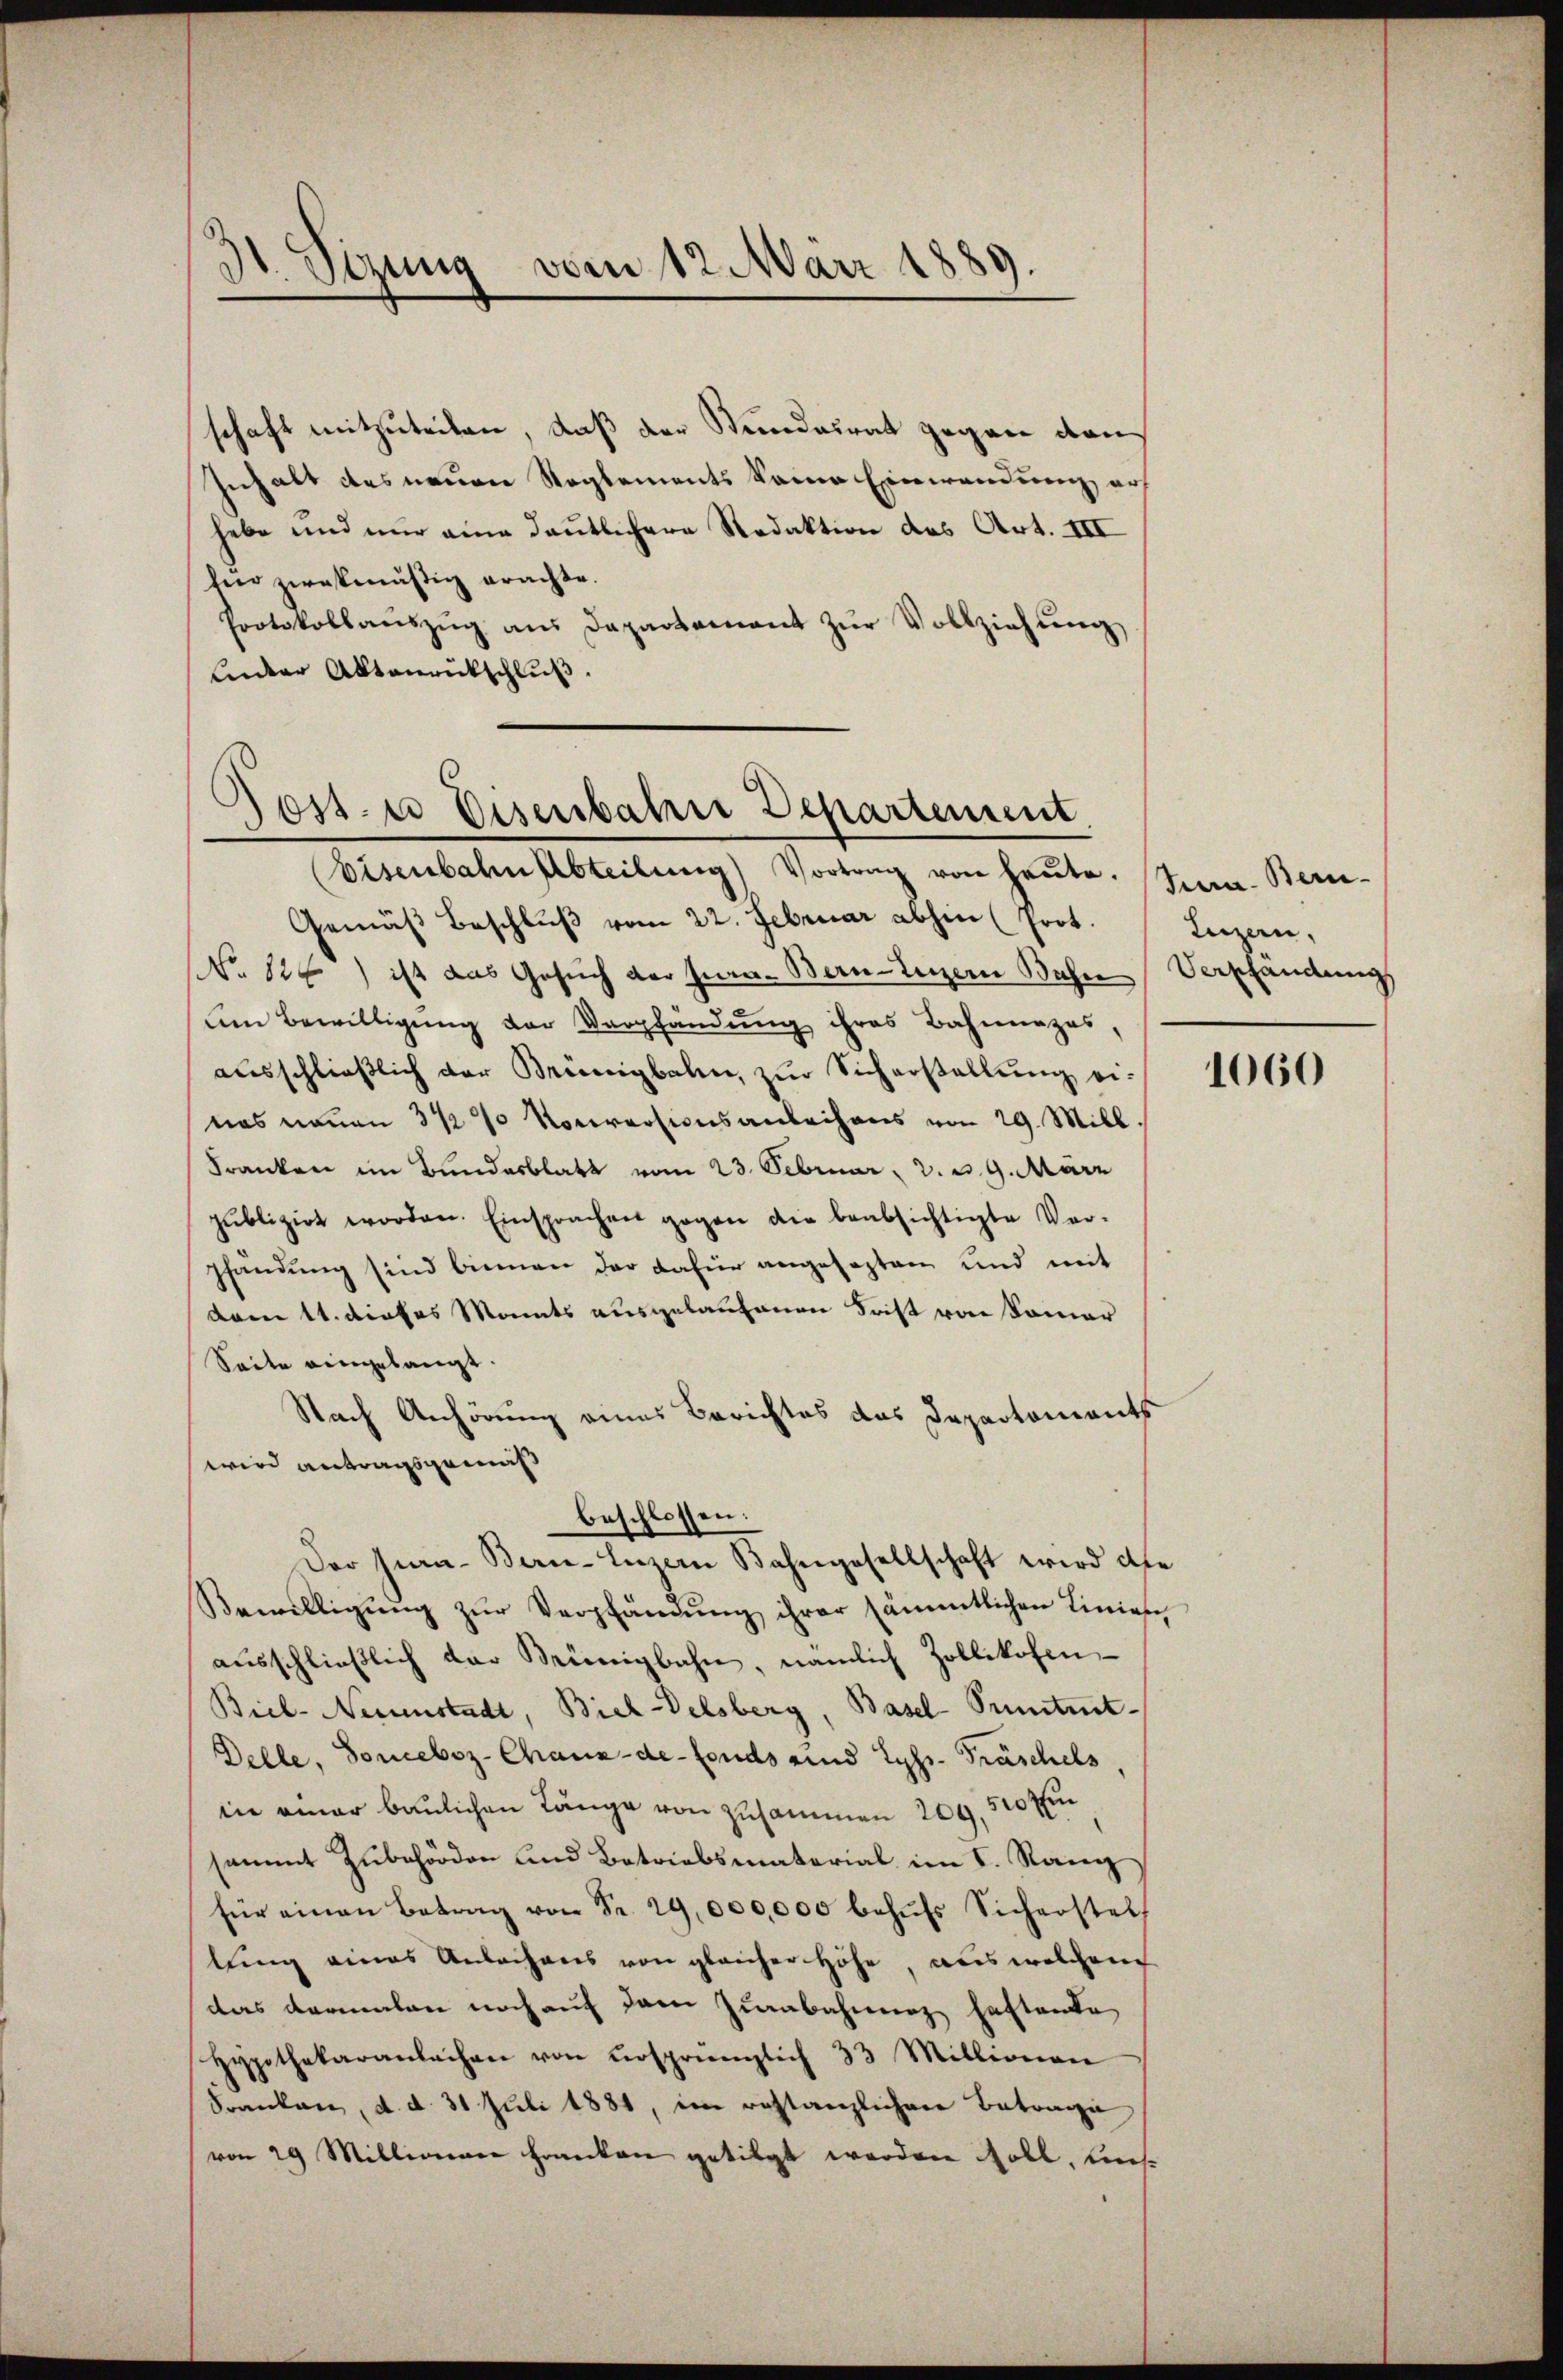
3
dt. Sizung vom 12. März 1889.

schaft mitzuteilen, daß der Stundesrat gegen dan
Inhalt des neuen Reglements keine Einwendung ers
habe und nur eine deutlichere Redaktion des Art. III
für zwekmäßig erachte.
Protokollaŭszŭg aŭs Dapartement zŭr Vollziehŭng
Lenker Aktenrückschlŭβ

30ste Disenbahre Departement
Eisenbahnflbteilŭng Vortrag von heŭte. Sera. Bern-

Gemäβ beschlŭβ vom 22. Februar abhin (Prot. Leizen,
NNo. 124) ist das Gesuch der Jura. Bern Luzern Bahne Verpfändung
um Bewilligung der Verpfändung ihres Bahnnazes,
ausschließlich der Brünigbahn, zur Sicherstellung einas neuen 3 ½ % Nociversionsanleihens von 29. Mill
Franken im Bundesblatt vom 23. Februar d. d. 9. März
publizirt worden. Einsprachen gegen die beabsichtigte Vor-
pfandung sind binnen der dafür angesagten und mit
dam 11. dieses Monats ausgelaufenen Frist von Sommer
Seite eingelangt.
Nach Anhörung eines Berichtes das Departements
wird antragsgemäß
Bewilligung zur Verpfändung ihrer sämmtlichen Linien,
ausschließlich der Brünigbahn, nämlich Zollikofen
Biel-Neuenstadt, Biel-Delsberg, Basel-Prmtmt-
Delle, Soneboz-Chaux-de-Fonds und Lyss- Fräschels,
in einer baulichen Länge von zusammen 209, 520 f
sammt Zubehörden und Betriebsmaterial im I. Rang
für einen Betrag von Fr. 29,000,000 behŭfs Sicherstell
lung eines Anleihens von gleicher Höhe, aus welchem
das dermalen noch auf dem Zurabahnung haftende
Hypothekaranlachen von versprünglich 33 Millionen
Franken, d. d. 31 Juli 1881, im restanzlichen Betrage
von 29 Millinieren Franken getilgt werden soll, les

beschlossen:
Der Jura-Berne-Luzern Bahngesellschaft wird die

1060